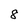
Character: 8